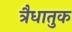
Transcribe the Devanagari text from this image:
त्रैधातुक